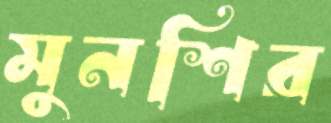
মুনশির